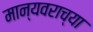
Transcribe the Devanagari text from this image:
मान्यवराच्या